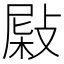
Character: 𢾂